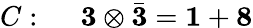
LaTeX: C:~~~~~{\mathbf 3}\otimes\bar{\mathbf 3}={\mathbf 1}+{\mathbf 8}